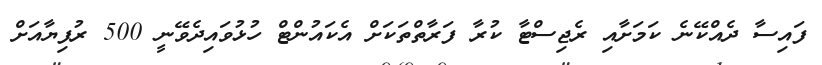
ފައިސާ ދެއްކޭނެ ކަމަށާއި ރެޖިސްޓާ ކުރާ ފަރާތްތަކަށް އެކައުންޓް ހުޅުވައިދެވޭނީ 500 ރުފިޔާއަށް